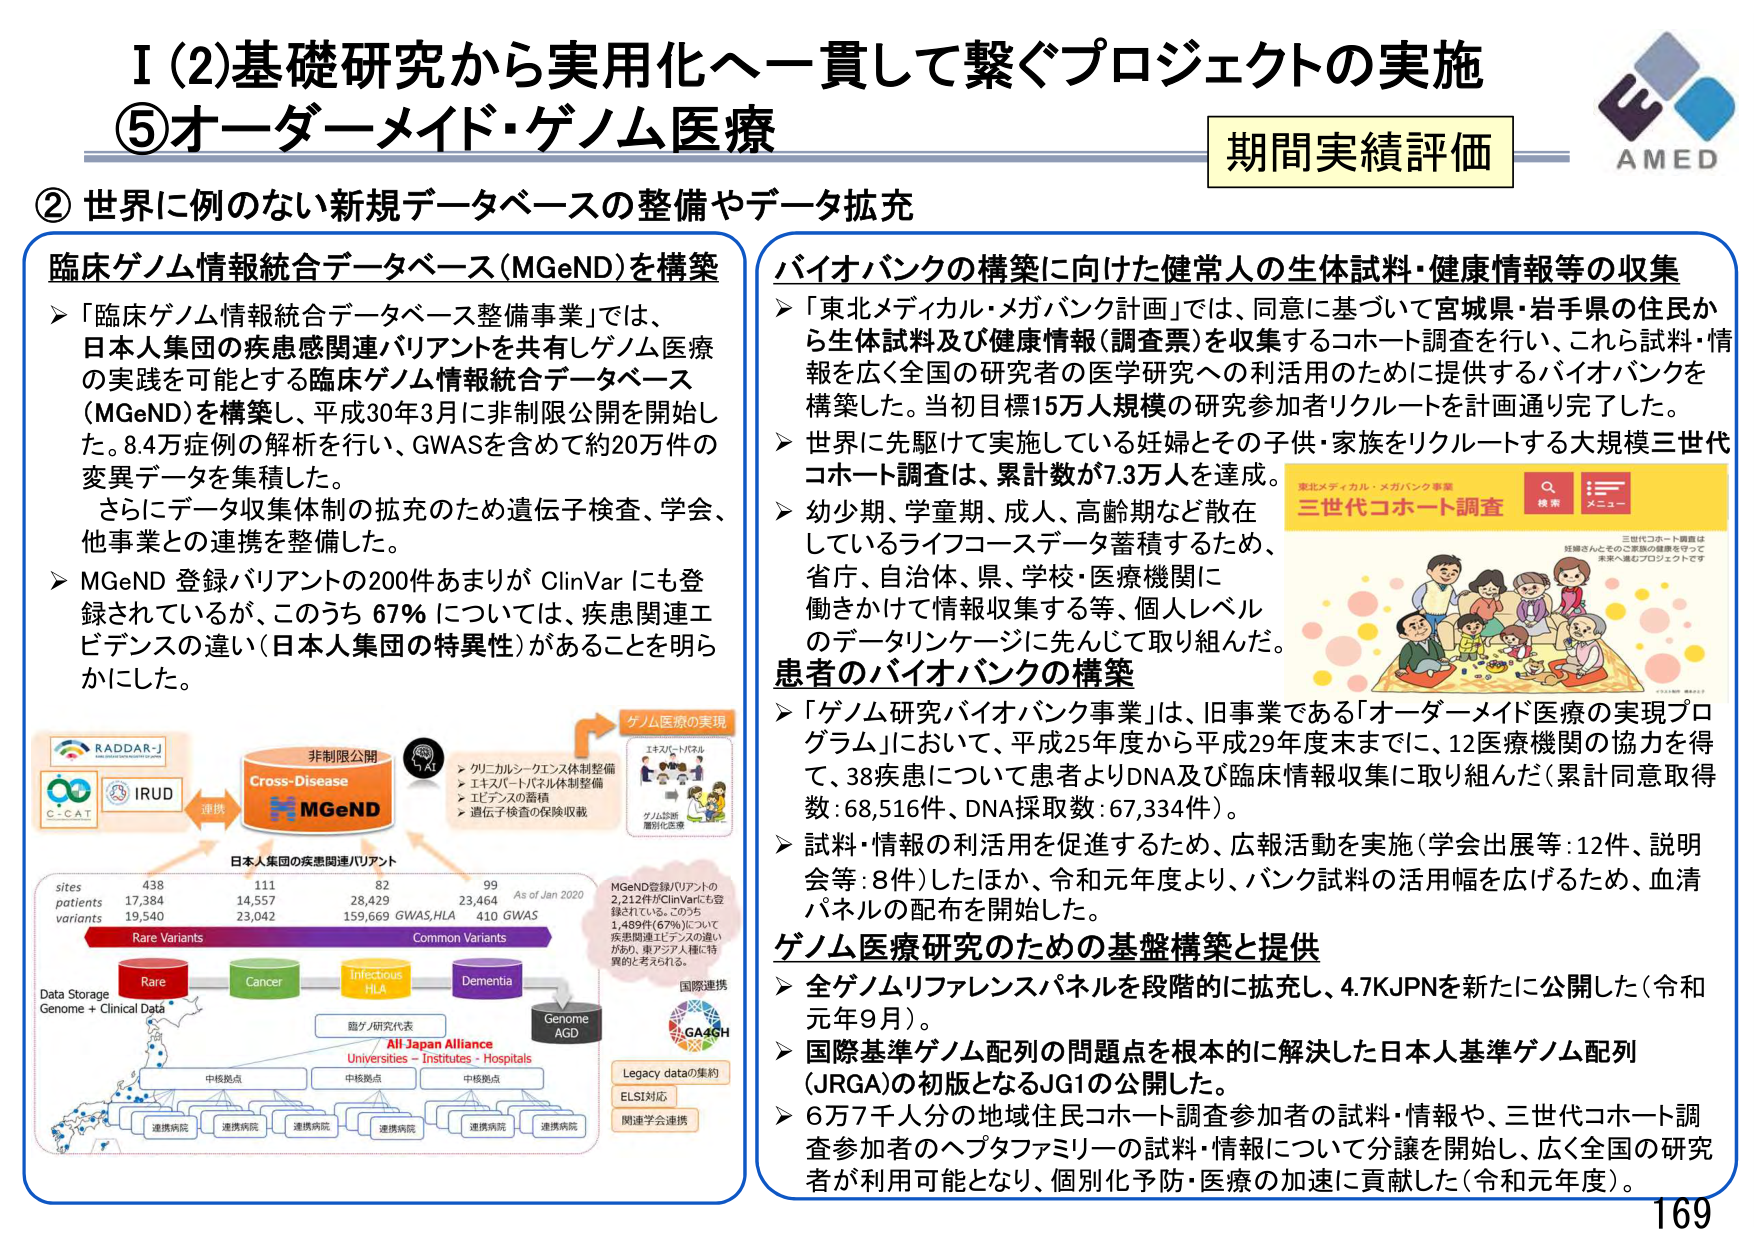
I (2) 基礎研究から実用化へ一貫して繋ぐプロジェクトの実施
⑤ オーダーメイド・ゲノム医療

期間実績評価

② 世界に例のない新規データベースの整備やデータ拡充

臨床ゲノム情報統合データベース (MGeND) を構築
➤「臨床ゲノム情報統合データベース整備事業」では、
日本人集団の疾患関連バリアントを共有しゲノム医療の実践を可能とする臨床ゲノム情報統合データベース（MGeND）を構築し、平成30年3月に非制限公開を開始した。8.4万症例の解析を行い、GWASを含めて約20万件の変異データを集積した。
さらにデータ収集体制の拡充のため遺伝子検査、学会、他事業との連携を整備した。
➤ MGeND 登録バリアントの200件あまりが ClinVar にも登録されているが、このうち 67％ については、疾患関連エビデンスの違い（日本人集団の特異性）があることを明らかにした。

バイオバンクの構築に向けた健常人の生体試料・健康情報等の収集
➤「東北メディカル・メガバンク計画」では、同意に基づいて宮城県・岩手県の住民から生体試料及び健康情報（調査票）を収集するコホート調査を行い、これら試料・情報を広く全国の研究者の医学研究への利活用のために提供するバイオバンクを構築した。当初目標15万人規模の研究参加者リクルートを計画通り完了した。
➤ 世界に先駆けて実施している妊婦とその子供・家族をリクルートする大規模三世代コホート調査は、累計数が7.3万人を達成。
➤ 幼少期、学童期、成人、高齢期など散在しているライフコースデータ蓄積するため、省庁、自治体、県、学校・医療機関に働きかけて情報収集する等、個人レベルのデータリンケージに先んじて取り組んだ。

患者のバイオバンクの構築
➤「ゲノム研究バイオバンク事業」は、旧事業である「オーダーメイド医療の実現プログラム」において、平成25年度から平成29年度末までに、12医療機関の協力を得て、38疾患について患者よりDNA及び臨床情報収集に取り組んだ（累計同意取得数：68,516件、DNA採取数：67,334件）。
➤ 試料・情報の利活用を促進するため、広報活動を実施（学会出展等：12件、説明会等：8件）したほか、令和元年度より、バンク試料の活用幅を広げるため、血清パネルの配布を開始した。

ゲノム医療研究のための基盤構築と提供
➤ 全ゲノムリファレンスパネルを段階的に拡充し、4.7KJPNを新たに公開した（令和元年9月）。
➤ 国際基準ゲノム配列の問題点を根本的に解決した日本人基準ゲノム配列（JRGA）の初版となるJG1の公開した。
➤ 6万7千人分の地域住民コホート調査参加者の試料・情報や、三世代コホート調査参加者のヘプタファミリーの試料・情報について分譲を開始し、広く全国の研究者が利用可能となり、個別化予防・医療の加速に貢献した（令和元年度）。

RADAR-J
IRUD
非制限公開
Cross-Disease
MGeND
日本人集団の疾患関連バリアント
sites 438 111 82 99 As of Jan 2020
patients 17,384 14,557 28,429 23,464
variants 19,540 23,042 159,669 GWAS,HLA 410 GWAS
Rare Variants Common Variants
Data Storage Genome + Clinical Data
Rare Cancer Infectious HLA Dementia
臨床/研究代表
All Japan Alliance
Universities - Institutes - Hospitals
中核拠点 中核拠点 中核拠点
連携病院 連携病院 連携病院 連携病院 連携病院 連携病院
ゲノム医療の実現
グリコルシーケンス体制整備
エキスパートパネル体制整備
エビデンスの蓄積
遺伝子検査の保険収載
エキスパートパネル
ゲノム診断
個別化医療
MGeND登録バリアントの
2,212件がClinVarにも登録されている。このうち
1,489件（67％）について
疾患関連エビデンスの違い
があり、東アジア人種に特異的と考えられる。
国際連携
GA4GH
Legacy dataの集約
ELSI対応
関連学会連携
東北メディカル・メガバンク事業
三世代コホート調査
検索 メニュー
三世代コホート調査は
妊婦さんとそのご家族の健康を守って
未来へ通じるプロジェクトです
Genome AGD
AMED
169